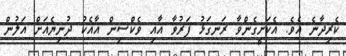
ކެރިދާނެ އެވެ. އެކަށީގެންވާ ރަނގަޅު ފަރުވާ އާއި ވެކްސިން އާއެކު ދުނިޔެއަށް އަލުން